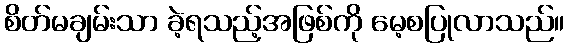
စိတ်မချမ်းသာ ခဲ့ရသည့်အဖြစ်ကို မေ့စပြုလာသည်။